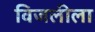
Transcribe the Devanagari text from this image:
विजलीला